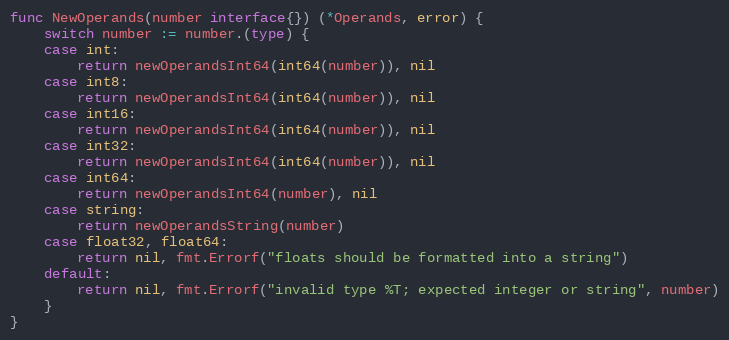
Language: Go
func NewOperands(number interface{}) (*Operands, error) {
	switch number := number.(type) {
	case int:
		return newOperandsInt64(int64(number)), nil
	case int8:
		return newOperandsInt64(int64(number)), nil
	case int16:
		return newOperandsInt64(int64(number)), nil
	case int32:
		return newOperandsInt64(int64(number)), nil
	case int64:
		return newOperandsInt64(number), nil
	case string:
		return newOperandsString(number)
	case float32, float64:
		return nil, fmt.Errorf("floats should be formatted into a string")
	default:
		return nil, fmt.Errorf("invalid type %T; expected integer or string", number)
	}
}